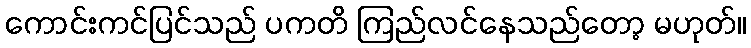
ကောင်းကင်ပြင်သည် ပကတိ ကြည်လင်နေသည်တော့ မဟုတ်။